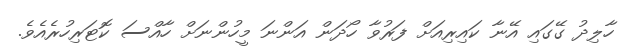
ހާލިދު ގޭގައި އޭނާ ކައިރިއަށް ފަރުވާ ހޯދަން އަންނަ މީހުންނަށް ހާއްސަ ކޮޓަރިހުރެއެވެ.